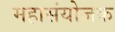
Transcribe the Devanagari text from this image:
महासंयोजक